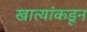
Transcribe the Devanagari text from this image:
खात्यांकडून